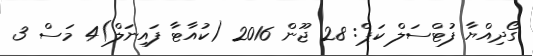
ގޯދިއްޔާ ފުޓްސަލް ކަޕް: 28 ޖޫން 2016 (ކުއާޓާ ފައިނަލް)4 މަސް 3